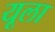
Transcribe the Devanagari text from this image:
यूला